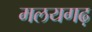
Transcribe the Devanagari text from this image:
मलयगढ़